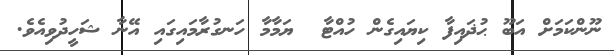
ނޫންކަމަށް އަބޫ ޙުޛައިފާ ކިޔައިގެން ހުއްޓާ  ޔަމާމާ ހަނގުރާމައިގައި އޭނާ ޝަހީދުވިއެވެ.